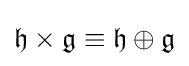
{\mathfrak {h}}\times {\mathfrak {g}}\equiv {\mathfrak {h}}\oplus {\mathfrak {g}}